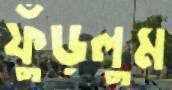
ফুঁড়লুম